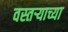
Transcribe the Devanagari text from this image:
वस्तऱ्याच्या